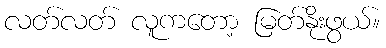
လတ်လတ် လူကတော့ မြတ်နိုးဖွယ်။